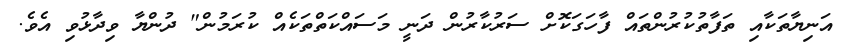
އަނިޔާތަކާއި ތަފާތުކުރުންތައް ފާހަގަކޮށް ސަރުކާރުން ދަނީ މަސައްކަތްތަކެއް ކުރަމުން" ދުންޔާ ވިދާޅުވި އެވެ.